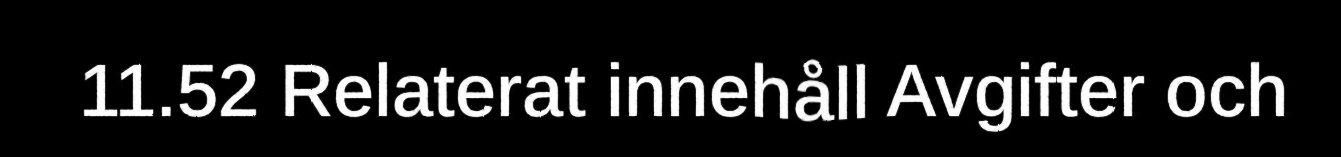
11.52 Relaterat innehåll Avgifter och